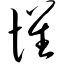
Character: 惧